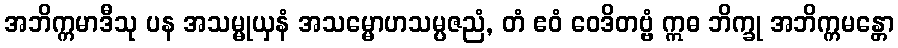
အဘိက္ကမာဒီသု ပန အသမ္မုယှနံ အသမ္မောဟသမ္ပဇညံ, တံ ဧဝံ ဝေဒိတဗ္ဗံ ဣဓ ဘိက္ခု အဘိက္ကမန္တော